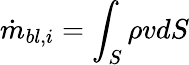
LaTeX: \dot{m}_{bl,i}=\int_{S}\rho vdS